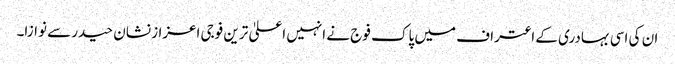
ان کی اسی بہادری کے اعتراف میں پاک فوج نے انہیں اعلیٰ ترین فوجی اعزاز نشان حیدر سے نوازا۔